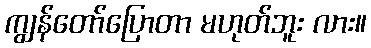
ကျွန်တော်ပြောတာ မဟုတ်ဘူး လား။